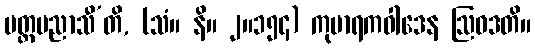
မတ္တမညာသီ’တိ, (သံ။ နိ။ ၂။၁၅၄) ကုမာရကဝါဒေန ဩဝဒတိ။